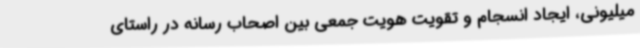
میلیونی، ایجاد انسجام و تقویت هویت جمعی بین اصحاب رسانه در راستای